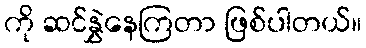
ကို ဆင်နွှဲနေကြတာ ဖြစ်ပါတယ်။